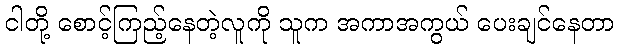
ငါတို့ စောင့်ကြည့်နေတဲ့လူကို သူက အကာအကွယ် ပေးချင်နေတာ